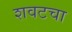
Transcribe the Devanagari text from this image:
शवटचा